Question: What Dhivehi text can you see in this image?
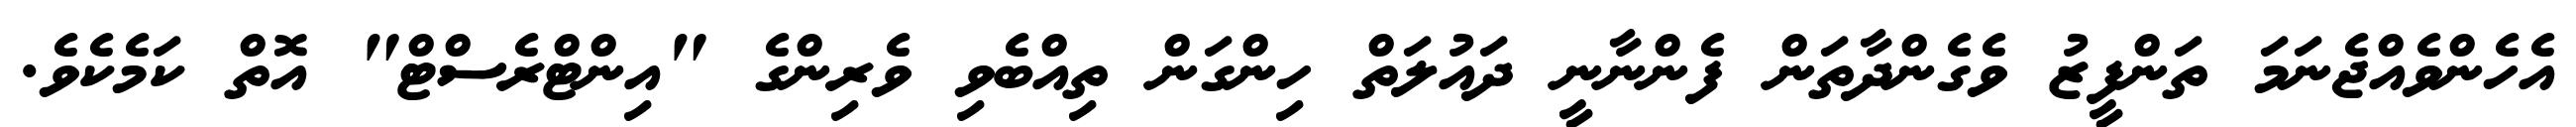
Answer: އެހެންވެއްޖެނަމަ ތަންފީޒު ވެގެންދާތަން ފެންނާނީ ދައުލަތް ހިންގަން ތިއްބެވި ވެރިންގެ "އިންޓްރެސްޓް" އޮތް ކަމެކެވެ.